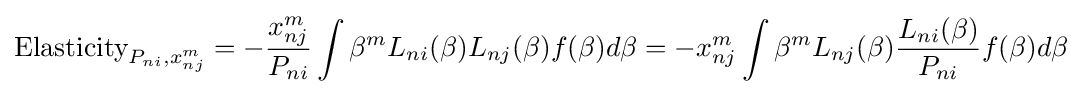
{\text{Elasticity}}_{P_{ni},x_{nj}^{m}}=-{\frac {x_{nj}^{m}}{P_{ni}}}\int \beta ^{m}L_{ni}(\beta )L_{nj}(\beta )f(\beta )d\beta =-x_{nj}^{m}\int \beta ^{m}L_{nj}(\beta ){\frac {L_{ni}(\beta )}{P_{ni}}}f(\beta )d\beta